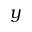
y